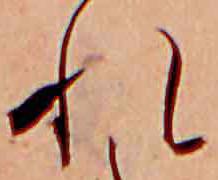
れ